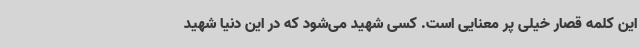
این کلمه قصار خیلی پر معنایی است. کسی شهید می‌شود که در این دنیا شهید